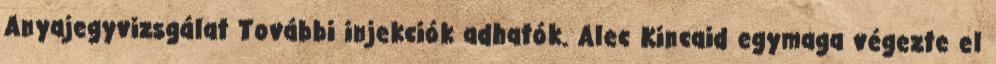
Anyajegyvizsgálat További injekciók adhatók. Alec Kincaid egymaga végezte el